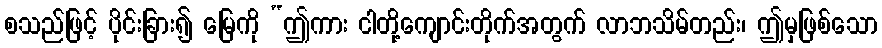
စသည်ဖြင့် ပိုင်းခြား၍ မြေကို “ဤကား ငါတို့ကျောင်းတိုက်အတွက် လာဘသိမ်တည်း၊ ဤမှဖြစ်သော